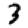
Digit: 3